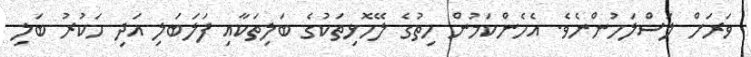
ވަރަށް ލަސްލަހުންނެވެ. އެހެންކަމުން ހިތުގެ ލޭހޮޅިތަކުގެ ބަލިތަކާއި ފަލަބަލި އަދި ހަކުރު ބަލި